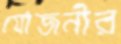
যোজনীর